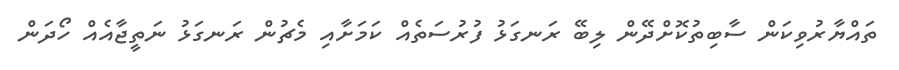
ތައްޔާރުވިކަން ސާބިތުކޮށްދޭން ލިބޭ ރަނގަޅު ފުރުސަތެއް ކަމަށާއި މެޗުން ރަނގަޅު ނަތީޖާއެއް ހޯދަން